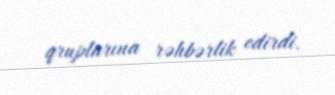
qruplarına rəhbərlik edirdi.